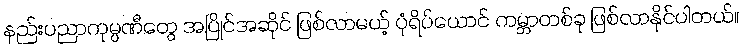
နည်းပညာကုမ္ပဏီတွေ အပြိုင်အဆိုင် ဖြစ်လာမယ့် ပုံရိပ်ယောင် ကမ္ဘာတစ်ခု ဖြစ်လာနိုင်ပါတယ်။